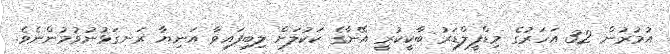
އުމުރުން 32 އަހަރުގެ މިޑްފީލްޑަރު ބާކީކުރީ އޭނާގެ ކަކުލަށް ލިބިފައިވާ އަނިޔާ ރަނގަޅުނުވުމުންނެވެ.